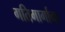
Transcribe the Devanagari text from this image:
गतिमार्गाचा